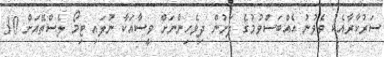
ސަރުކާރާއެކު ވެވުނު އެއްބަސްވުމުގެ ދަށުން ދިވެހިންނަށް ވީސާއަކާ ނުލައި ޓިމޯ ލެސްތޭއަށް 30